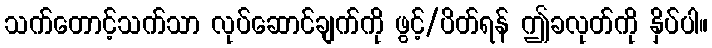
သက်တောင့်သက်သာ လုပ်ဆောင်ချက်ကို ဖွင့်/ပိတ်ရန် ဤခလုတ်ကို နှိပ်ပါ။